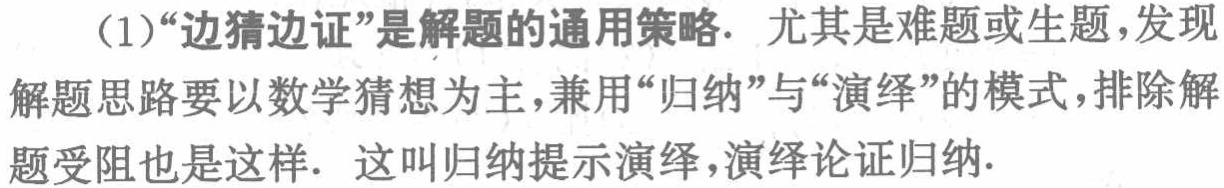
（1）“边猜边证”是解题的通用策略. 尤其是难题或生题，发现
解题思路要以数学猜想为主，兼用“归纳”与“演绎”的模式，排除解
题受阻也是这样. 这叫归纳提示演绎，演绎论证归纳.